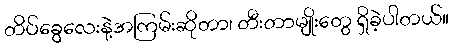
တိပ်ခွေလေးနဲ့အကြမ်းဆိုတာ၊ တီးတာမျိုးတွေ ရှိခဲ့ပါတယ်။